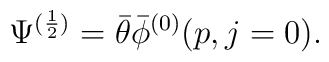
\Psi^{(\frac{1}{2})}=\bar\theta\bar\phi^{(0)}(p,j=0).